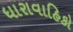
ધારાવાહિકો